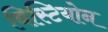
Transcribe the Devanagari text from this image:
विस्टियोन